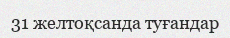
31 желтоқсанда туғандар